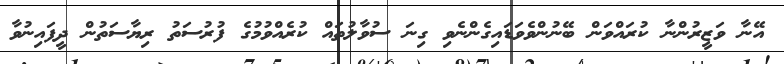
އޭނާ ވަޒީރުންނާ ކުރައްވަން ބޭނުންވެވަޑައިގެންނެވި ގިނަ ސުވާލުތައް ކުރެއްވުމުގެ ފުރުސަތު ރިޔާސަތުން ދީފައިނުވާ